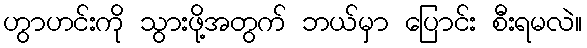
ဟွာဟင်းကို သွားဖို့အတွက် ဘယ်မှာ ပြောင်း စီးရမလဲ။